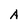
Character: A